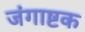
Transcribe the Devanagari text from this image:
जंगाष्टक